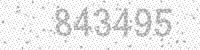
Solution: 843495